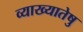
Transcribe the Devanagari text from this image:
व्याख्यातेषु